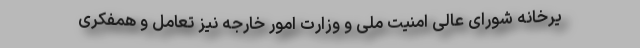
یرخانه شورای عالی امنیت ملی و وزارت امور خارجه نیز تعامل و همفکری